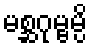
မစ္ဆဂုမ္ဗမ္ပိ